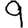
Digit: 9